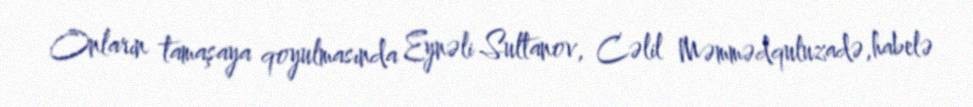
Onların tamaşaya qoyulmasında Eynəli Sultanov, Cəlil Məmmədquluzadə,habelə